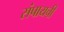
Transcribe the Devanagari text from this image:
संपायची